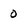
Character: 0